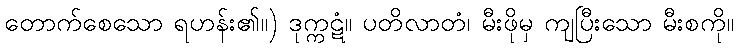
တောက်စေသော ရဟန်း၏။) ဒုက္ကဋံ။ ပတိလာတံ၊ မီးဖိုမှ ကျပြီးသော မီးစကို။